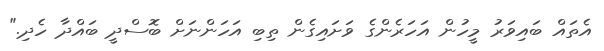
އެތައް ބައިވަރު މީހުން އަހަރެންގެ ވަށައިގެން ތިބި އަހަންނަށް ބޮސްދީ ބައްދާ ހެދި."